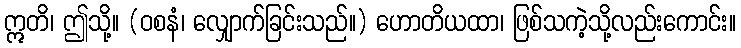
ဣတိ၊ ဤသို့။ (ဝစနံ၊ လျှောက်ခြင်းသည်။) ဟောတိယထာ၊ ဖြစ်သကဲ့သို့လည်းကောင်း။